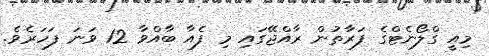
މިއީ ގްލޯނެޓްގެ ފަރާތުން ރާއްޖޭގައި މި ފެއާ ބާއްވާ 12 ވަނަ ފަހަރެވެ.